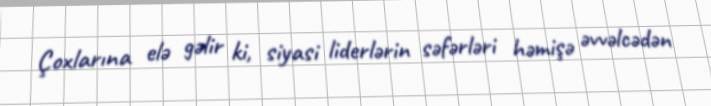
Çoxlarına elə gəlir ki, siyasi liderlərin səfərləri həmişə əvvəlcədən